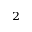
^ { 2 }